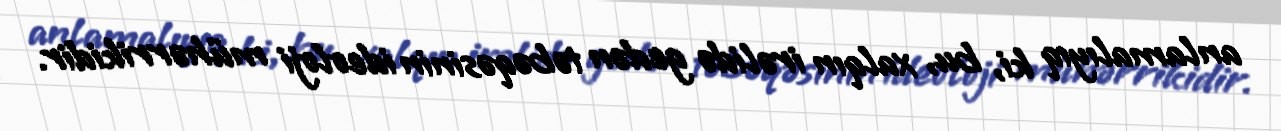
anlamalıyıq ki, bu, xalqın irəlidə gedən təbəqəsinin ideoloji mühərrikidir.